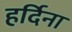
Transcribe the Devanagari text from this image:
हर्दिना